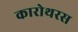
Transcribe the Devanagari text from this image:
कारोथरस